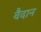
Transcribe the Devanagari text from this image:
वैदान